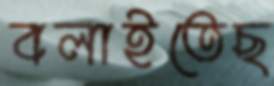
বলাইতেছ